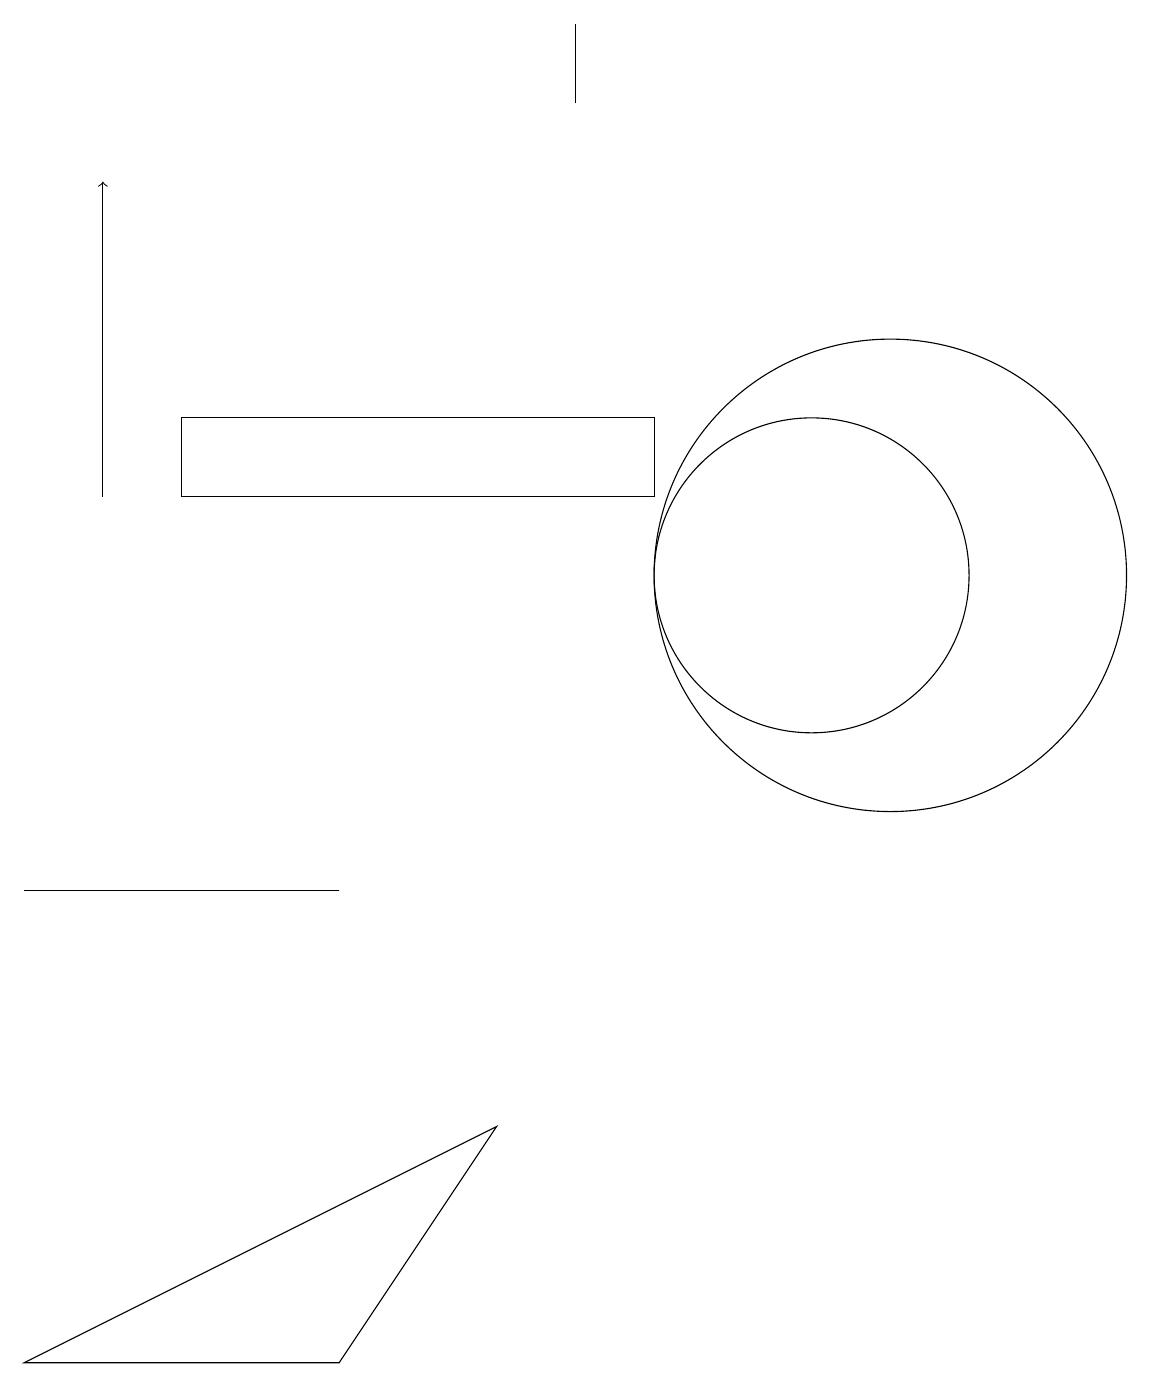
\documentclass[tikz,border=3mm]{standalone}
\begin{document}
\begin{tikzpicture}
\draw (10,11) circle (2);
\draw (8,13) rectangle (2,12);
\draw[->] (1,12) -- (1,16);
\draw (4,1) -- (6,4) -- (0,1) -- cycle;
\draw (2,7) -- (0,7) -- (4,7) -- cycle;
\draw (11,11) circle (3);
\draw (7,18) rectangle (7,17);
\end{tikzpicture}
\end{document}